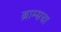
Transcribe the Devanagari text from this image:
ब्राम्सचा